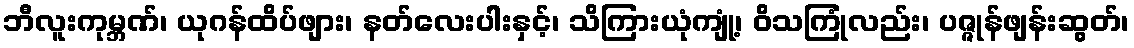
ဘီလူးကုမ္ဘဏ်၊ ယုဂန်ထိပ်ဖျား၊ နတ်လေးပါးနှင့်၊ သိကြားယုံကျုံ့၊ ဝိသကြုံလည်း၊ ပဇ္ဇုန်ဖျန်းဆွတ်၊